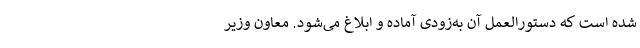
شده است که دستورالعمل آن به‌زودی آماده و ابلاغ می‌شود. معاون وزیر